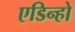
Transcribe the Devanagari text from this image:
एडिन्हो